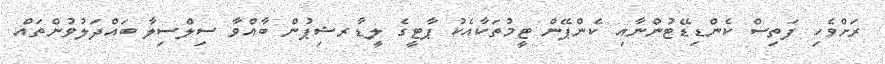
ރަށްވެހި ފަތިސް ކެންޑިޑޭޓުންނާއި ކެންޕޭން ޓީމުތަކާއެކު ޕާޓީގެ ލީޑާރޝިޕުން ބާއްވާ ސިލްސިލާ ބައްދަލުވުންތައް